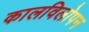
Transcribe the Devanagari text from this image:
कालविलोपन